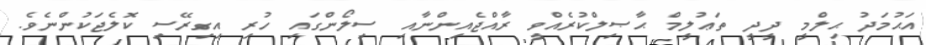
އަޙުމަދު ޙިލްމީ ދީދީ ތަޢުލީމް ޙާޞިލްކުރެއްވީ ރާއްޖެއިންނާއި ސިލޯންގައި ހުރި އިގިރޭސި ކޮލެޖަކުންނެވެ.